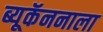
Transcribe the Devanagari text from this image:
ब्यूकॅननाला